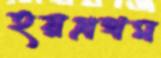
হয়প্রথম